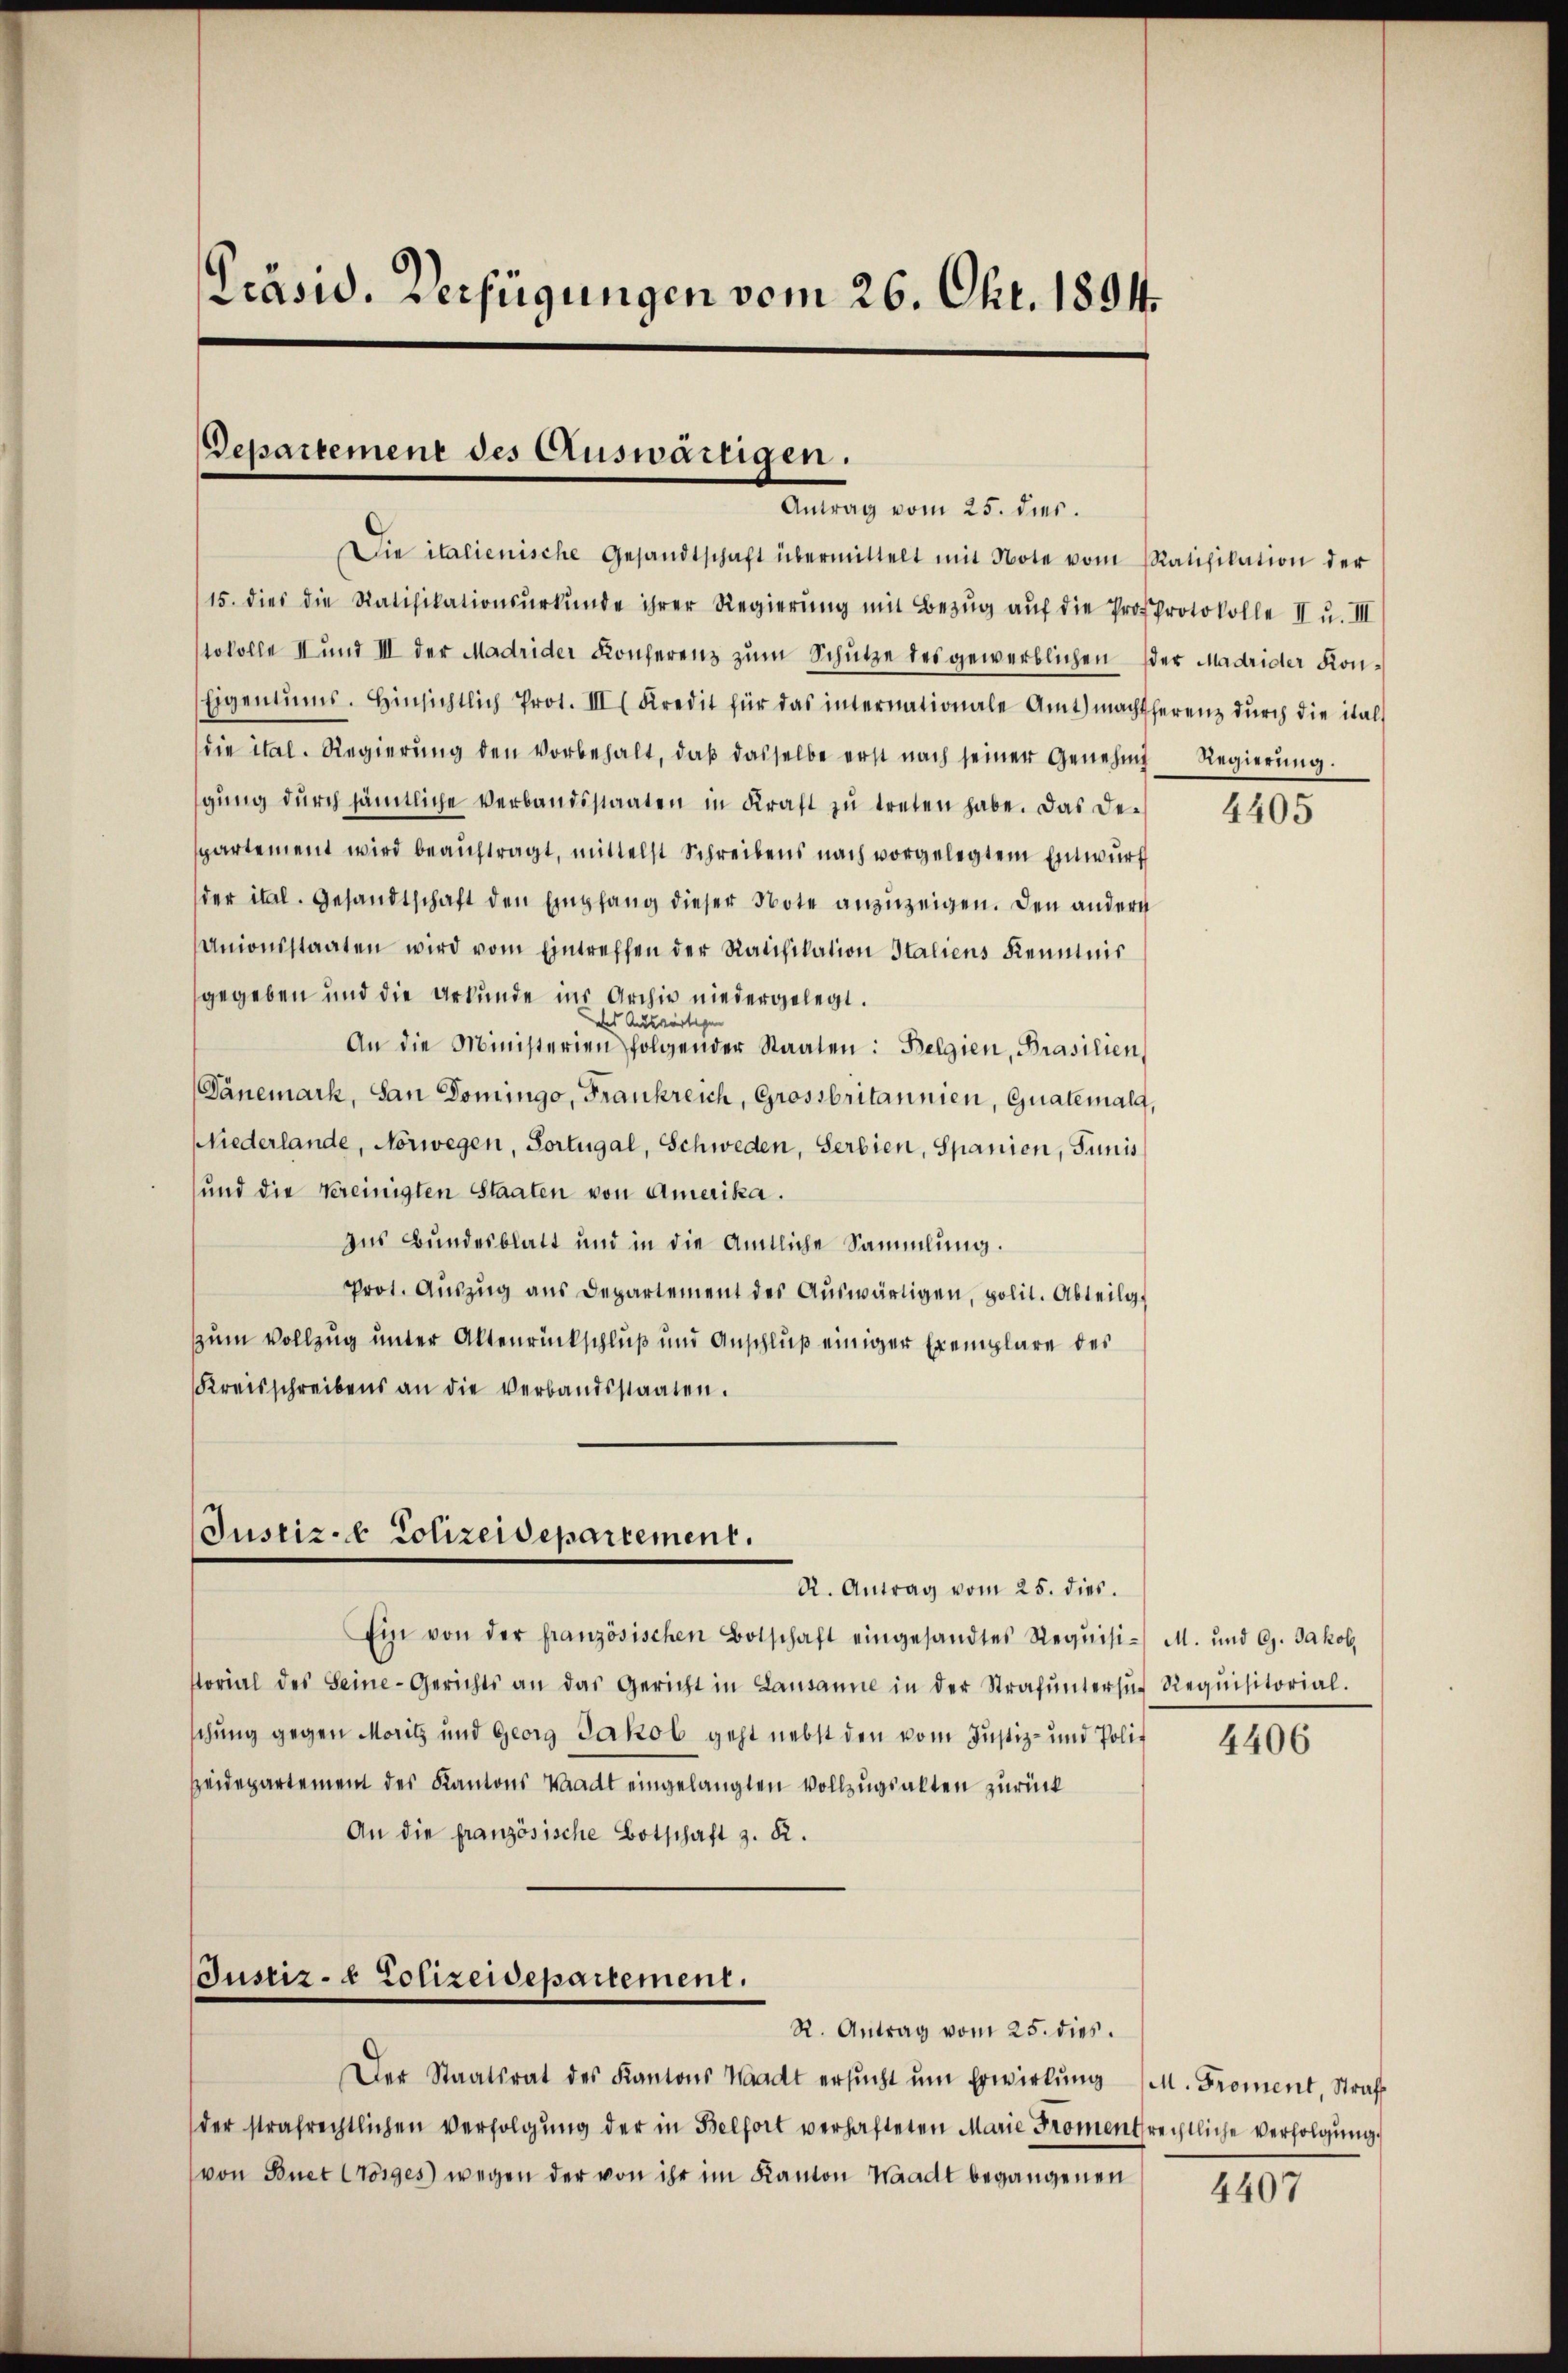
Präsid. Verfügungen vom 26. Okt. 1894.

Departement des Auswärtigen.
Antrag vom 25. dies.

Die italienische Gesandtschaft übermittelt mit Note vom Ratifikation der
15. dies die Ratifikationsŭrkŭnde ihrer Regierŭng mit Bezŭg aŭf die Pro Protokolle II u. III
tokolle II und III der Madrider Konferenz zum Schütze des gewerblichen der Madrider Kon¬
Eigentums. Hinsichtlich Prot. III Kredit für das internationale Amt machtherenz dŭrch die ital-
die ital. Regierung den vorbehalt, daß dasselbe erst nach seiner Genehmi
gung durch sämtliche Verbandsstaaten in Kraft zu treten habe. Das Despartement wird beauftragt, mittelst Schreibens nach vorgelegtem Entwurf
der ital. Gesandtschaft den Empfang dieser Note anzuzeigen. Den andern
Anionsstaaten wird vom Eintreffen der Ratifikation Italiens Kenntnis
gegeben und die Urkunde ins Archiv niedergelegt.
das Auswärtigen
An die Ministerien folgender Staaten: Belgien, Brasilien,
Dänemark, San Domingo, Frankreich, Grossbritannien, Guatemals,
Niederlande, Norwegen, Sortugal, Schweden, Serbien, Spanien, Junis
und die Vereinigten Staaten von Amerika.
aus Bundesblatt und in die Amtliche Sammlung.
Prot. Aŭszŭg aŭs Departement des Aŭswärtigen, polit. Abteilg.
zum Vollzug unter Altenrückschluß und Anschluß einiger Exemplare des
Kreisschreibens an die verbandsstaaten.

Justiz- & Polizeidepartement.
R. Antrag vom 25. dies.

Ein von der französischen Botschaft eingesandtes Requisi-M. und G. Jakob
storial des Seine-Gerichts an das Gericht in Lausanne in der Strafŭntersŭch Requisitorial.
schung gegen Moritz und Georg Jakob geht nebst den vom Justiz- und Polit
Heidepartement des Kantons Waadt eingelangten Vollzugsakten zurück
An die französische Botschaft z. R.

Justiz- & Polizeidepartement.

R. Antrag vom 25. dies

Der Staatsrat des Kantons Waadt ersucht um Erwirkung
der strafrechtlichen Verfolgung der in Belfort verhafteten Marie Promentrechtliche Verfolgung
von Buet Conges wegen der von ihr im Kanton Waadt begangenen

Regierung.

4405

4406

M. Proment, Straf

4407